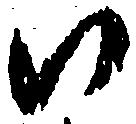
い